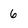
Character: 6